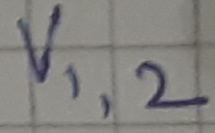
Text: V1,2